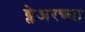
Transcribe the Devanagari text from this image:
ब्लेअरच्या